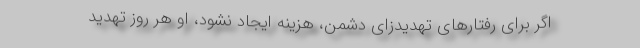
اگر برای رفتارهای تهدیدزای دشمن، هزینه ایجاد نشود، او هر روز تهدید